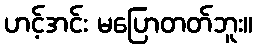
ဟင့်အင်း မပြောတတ်ဘူး။